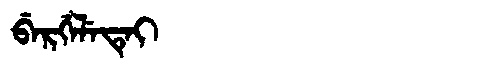
Manchu: ᠪᡝᡵᡤᡝᠯᡝᡨᡝᡳ
Romanization: BERGELETEI